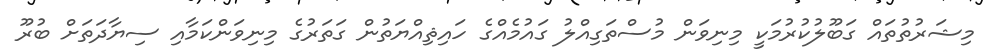
މިޝަރުތުތައް ގަބޫލުކުރުމަކީ މިނިވަން މުސްތަގިއްލު ގައުމެއްގެ ހައިޘިއްޔަތުން ގަތަރުގެ މިނިވަންކަމާއި ސިޔާދަތަށް ބުރޫ